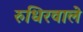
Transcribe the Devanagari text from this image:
रुधिरवाले